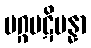
မဂ္ဂပဋိပန္နာ